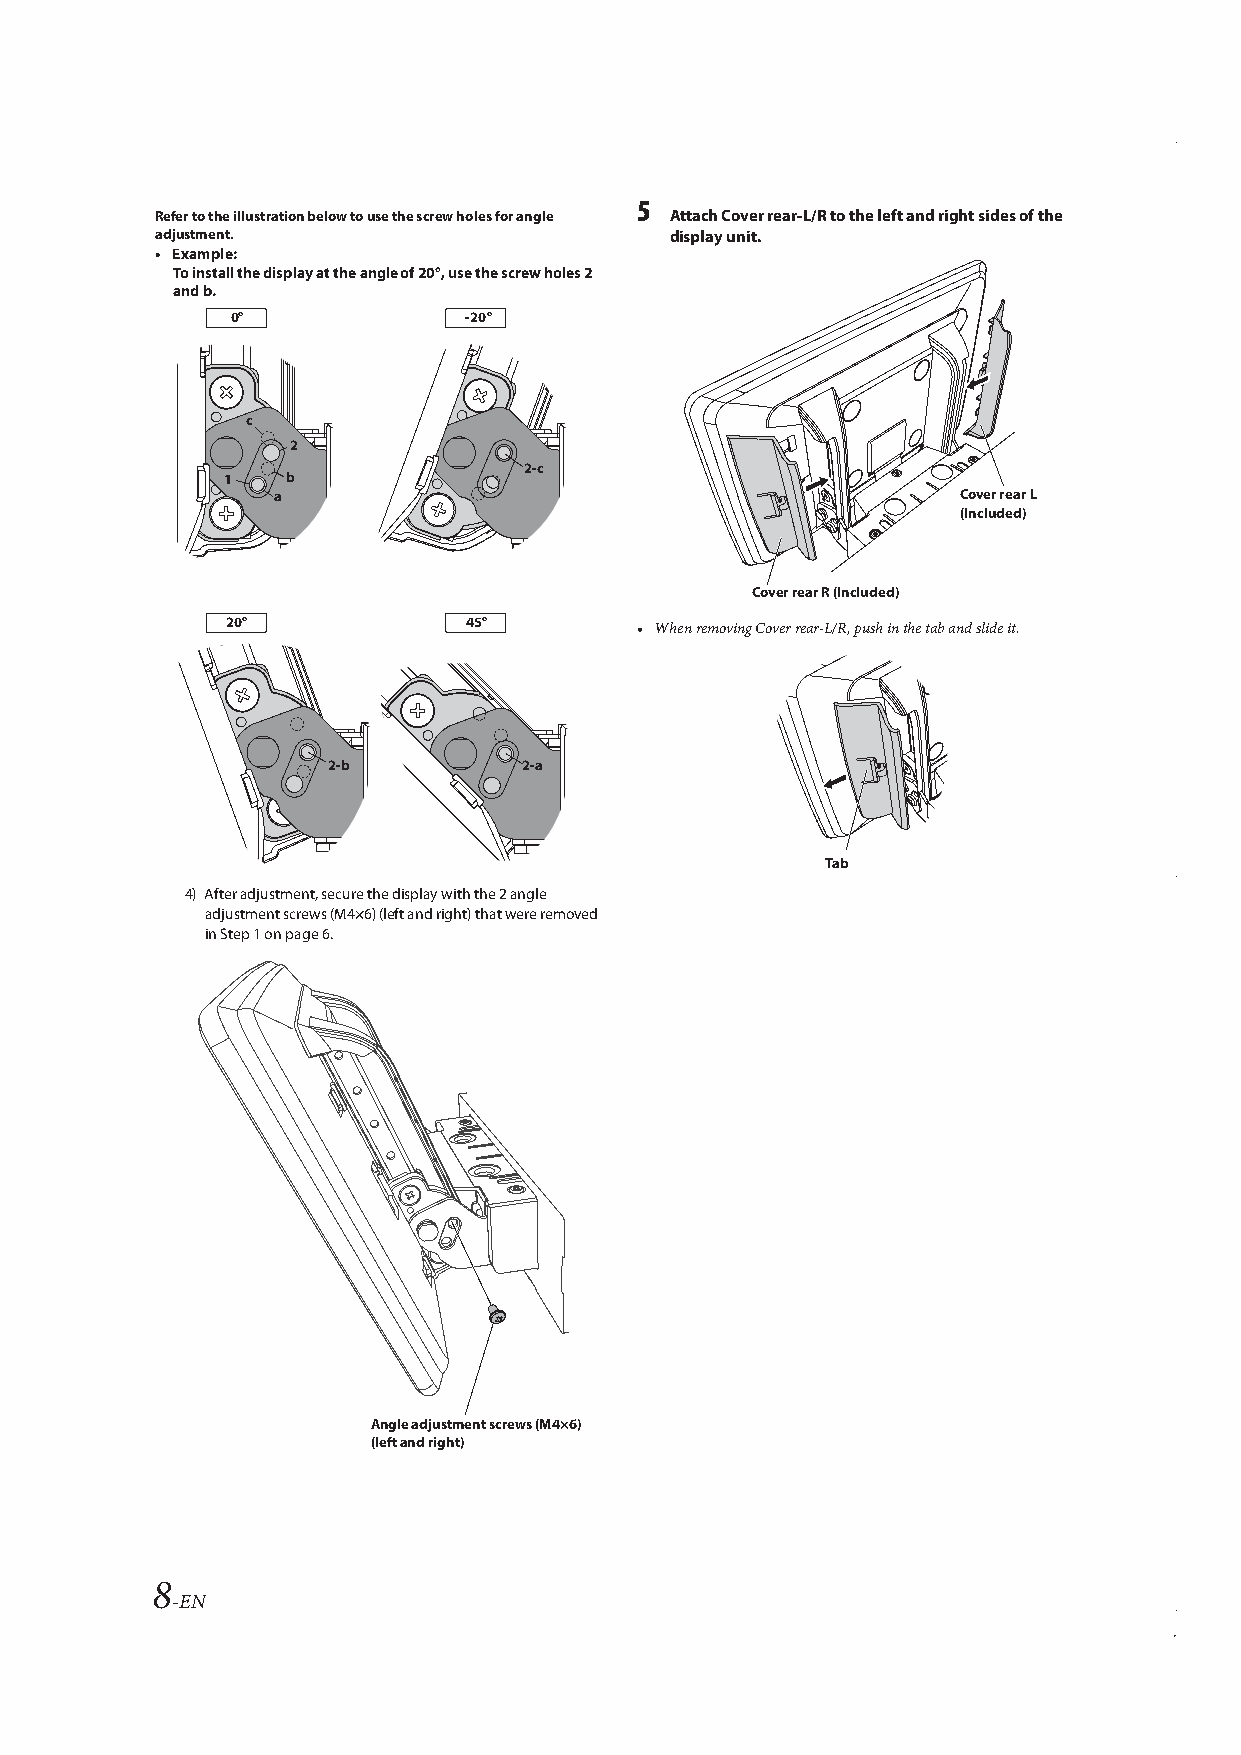
5
 Refer to the illustration below to use the screw holes for angle Attach Cover rear-L/R to the left and right sides of the
 adjustment.                       display unit.
 • Example:
 To install the display at the angle of 20°, use the screw holes 2
 and b.
 0°              -20°
 c
 2
 2-c
 1   b
 a                                             Cover rear L
 (Included)
 Cover rear R (Included)
 20°             45°
 • When removing Cover rear-L/R, push in the tab and slide it.
 2-b          2-a
 Tab
 4) After adjustment, secure the display with the 2 angle
 adjustment screws (M4×6) (left and right) that were removed
 in Step 1 on page6.
 Angle adjustment screws (M4×6)
 (left and right)
 8
 -EN